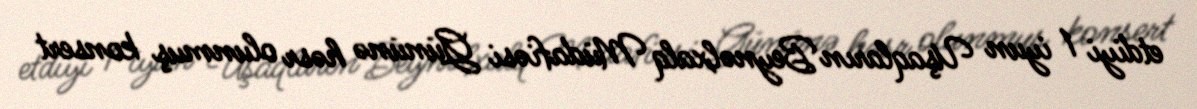
etdiyi 1 iyun Uşaqların Beynəlxalq Müdafiəsi Gününə həsr olunmuş konsert